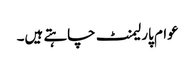
عوام پارلیمنٹ چاہتے ہیں۔